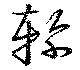
軫